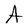
Character: A